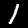
Label: 1